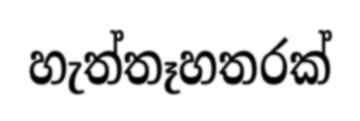
හැත්තෑහතරක්